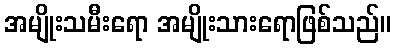
အမျိုးသမီးရော အမျိုးသားရောဖြစ်သည်။